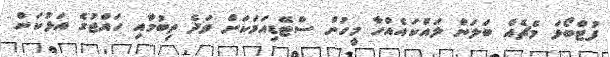
ފުޓްބޯޅަ މެޗެއް ބަލަން ލައްކައެއްހާ މީހުން ސްޓޭޑިއަމަކަށް ވަދެ ތިބުމާއި ހައްޖުގެ އަޅުކަން